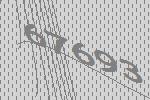
67693